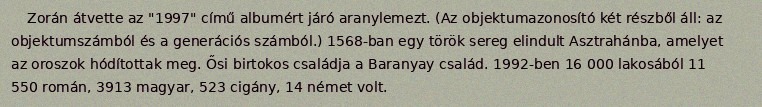
Zorán átvette az "1997" című albumért járó aranylemezt. (Az objektumazonosító két részből áll: az objektumszámból és a generációs számból.) 1568-ban egy török sereg elindult Asztrahánba, amelyet az oroszok hódítottak meg. Ősi birtokos családja a Baranyay család. 1992-ben 16 000 lakosából 11 550 román, 3913 magyar, 523 cigány, 14 német volt.